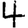
Digit: 4